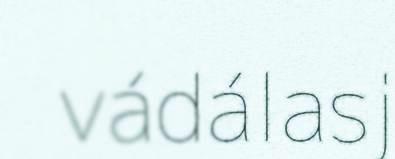
vádálasj